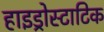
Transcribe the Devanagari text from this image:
हाइड्रोस्टाटिक